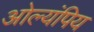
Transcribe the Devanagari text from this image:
ओल्यंपिय